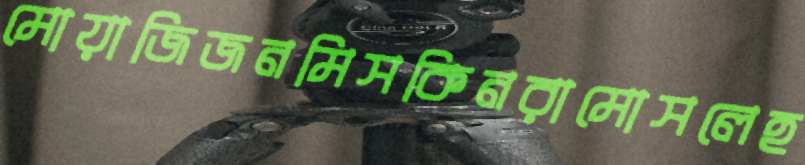
মোয়াজিজনমিসকিনরামোসলেহ